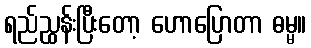
ရည်ညွှန်းပြီးတော့ ဟောပြောတာ ဓမ္မ။